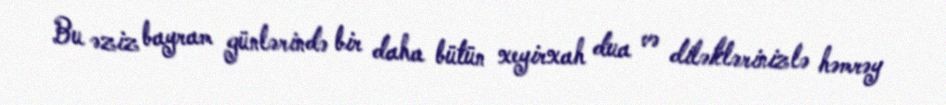
Bu əziz bayram günlərində bir daha bütün xeyirxah dua və diləklərinizlə həmrəy